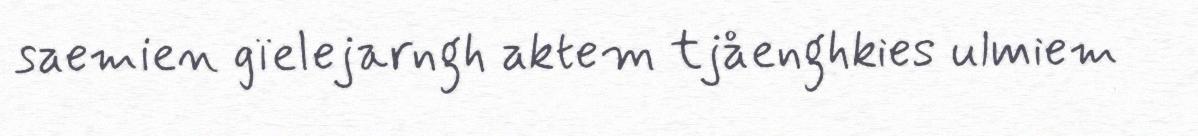
saemien gïelejarngh aktem tjåenghkies ulmiem